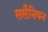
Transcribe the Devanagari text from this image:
ससैनियन